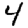
Digit: 4